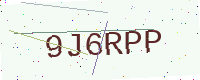
Text: 9J6RPP